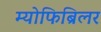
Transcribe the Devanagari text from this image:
म्योफिब्रिलर